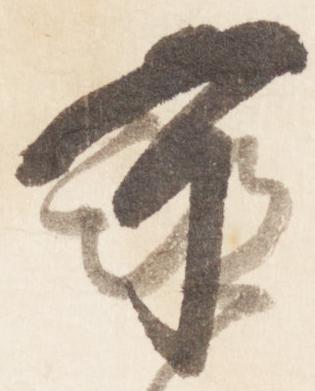
可